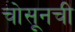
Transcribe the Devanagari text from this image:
चोसूनची